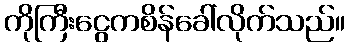
ကိုကြီးငွေကစိန်ခေါ်လိုက်သည်။